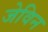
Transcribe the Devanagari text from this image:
जेविन